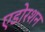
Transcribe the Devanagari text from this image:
एडोरशन